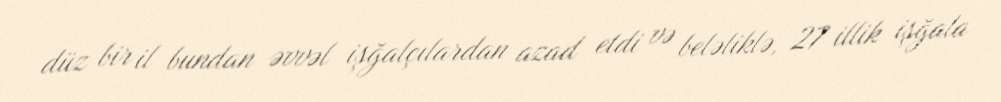
düz bir il bundan əvvəl işğalçılardan azad etdi və beləliklə, 27 illik işğala